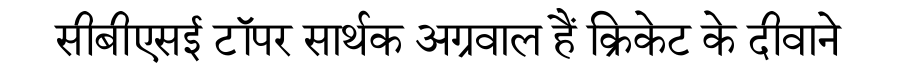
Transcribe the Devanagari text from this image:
सीबीएसई टॉपर सार्थक अग्रवाल हैं क्रिकेट के दीवाने